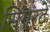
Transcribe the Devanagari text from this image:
सिगरटें